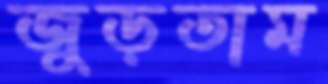
জুড়তাম